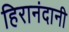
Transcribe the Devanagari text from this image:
हिरानंदानी